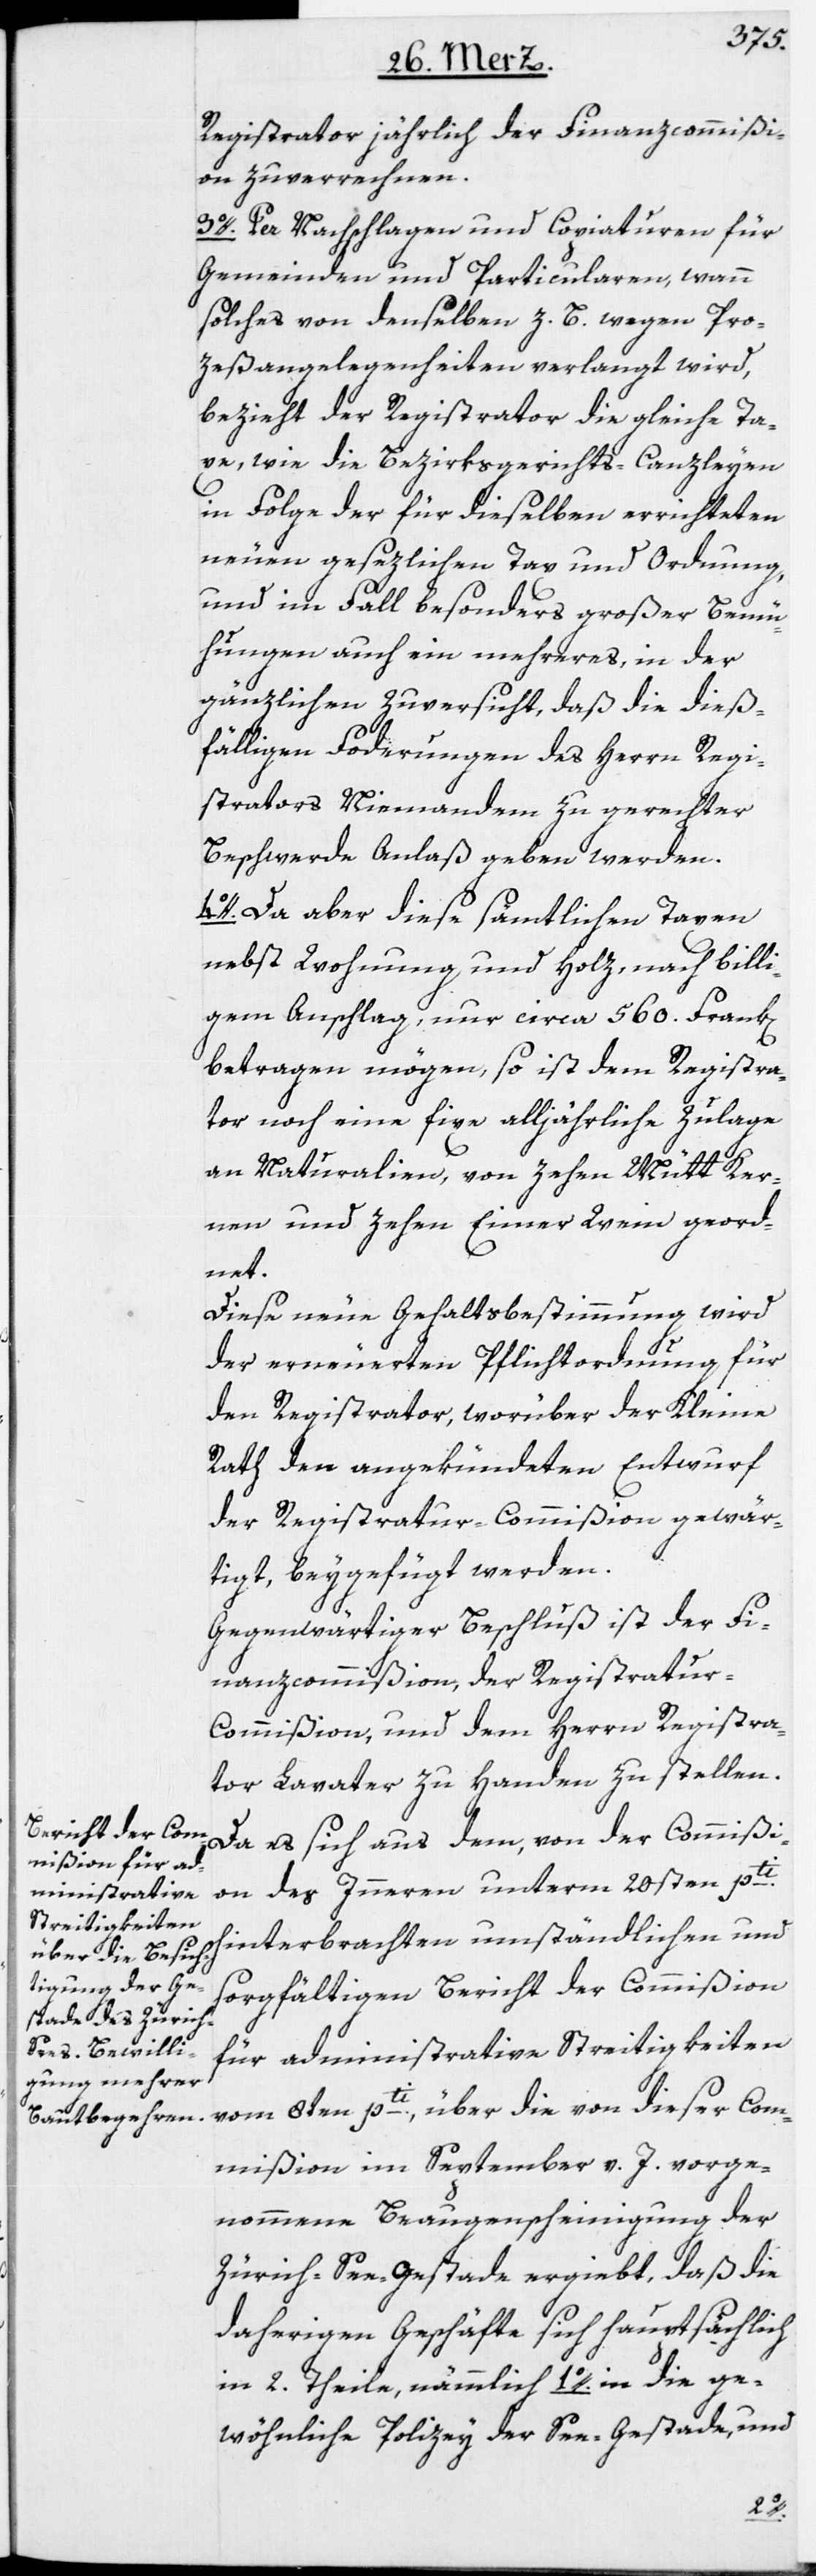
Registrator jährlich der Finanzcommißi¬
on zuverrechnen.
3o. Per Nachschlagen und Copiaturen für
Gemeinden und Particularen, wann
solches von denselben z. B. wegen Pro¬
zeßangelegenheiten verlangt wird,
bezieht der Registrator die gleiche Ta¬
xe, wie die Bezirksgerichts-Canzleyen
in Folge der für dieselben errichteten
neuen gesezlichen Tax und Ordnung,
und im Fall besonders großer Bemü¬
hungen auch ein mehreres, in der
gänzlichen Zuversicht, daß die dieß¬
fälligen Forderungen des Herrn Regi¬
strators Niemandem zu gerechter
Beschwerde Anlaß geben werden.
4o. Da aber diese sämtlichen Taxen
nebst Wohnung und Holz, nach billi¬
gem Anschlag, nur circa 560. Frank[en]
betragen mögen, so ist dem Registra¬
tor noch eine fixe alljährliche Zulage
an Naturalien, von zehn Mütt Ker¬
nen und zehen Eimer Wein geord¬
net.
Diese neue Gehaltsbestimmung wird
der erneuerten Pflichtordnung für
den Registrator, worüber der Kleine
Rath den angekündeten Entwurf
der Registratur-Commißion gewär¬
tigt, beygefügt werden.
Gegenwärtiger Beschluß ist der Fi¬
nanzcommißion, der Registratu¬
r-Commißion, und dem Herrn Registra¬
tor Lavater zu Handen zu stellen.
Da es sich aus dem, von der Commißi¬
on des Inneren unterm 20sten pti.
hinterbrachten umständlichen und
sorgfältigen Bericht der Commißion
für administrative Streitigkeiten
vom 8ten pti., über die von dieser Com¬
mißion im September v. J. vorge¬
nommene Beaugenscheinigung der
Zürich-See-Gestade ergiebt, daß die
daherigen Geschäfte sich hauptsächlich
in 2. Theile, nämmlich 1o. in die ge¬
wöhnliche Polizey der See-Gestade, und